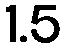
1.5